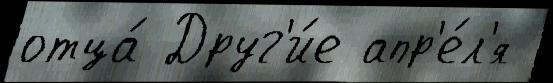
отца́ Друг'и́е апр'е́л'я